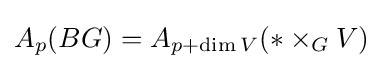
A_{p}(BG)=A_{p+\dim V}(*\times _{G}V)